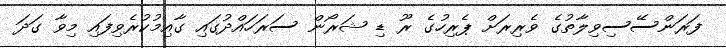
ފަރަންސޭސިވިލާތުގެ ވެރިރަށް ޕެރިހުގެ ރޫ ޑި ޝަރޯން ސަރަހައްދުގައި ގާއިމުކުރެވިފައި މިވާ ގަދަ